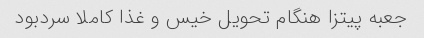
جعبه پیتزا هنگام تحویل خیس و غذا کاملا سردبود